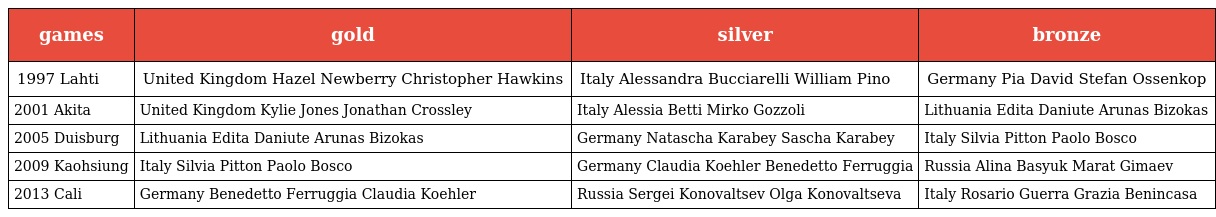
| games | gold | silver | bronze |
 | --- | --- | --- | --- |
 | 1997 Lahti | United Kingdom Hazel Newberry Christopher Hawkins | Italy Alessandra Bucciarelli William Pino | Germany Pia David Stefan Ossenkop |
 | 2001 Akita | United Kingdom Kylie Jones Jonathan Crossley | Italy Alessia Betti Mirko Gozzoli | Lithuania Edita Daniute Arunas Bizokas |
 | 2005 Duisburg | Lithuania Edita Daniute Arunas Bizokas | Germany Natascha Karabey Sascha Karabey | Italy Silvia Pitton Paolo Bosco |
 | 2009 Kaohsiung | Italy Silvia Pitton Paolo Bosco | Germany Claudia Koehler Benedetto Ferruggia | Russia Alina Basyuk Marat Gimaev |
 | 2013 Cali | Germany Benedetto Ferruggia Claudia Koehler | Russia Sergei Konovaltsev Olga Konovaltseva | Italy Rosario Guerra Grazia Benincasa |